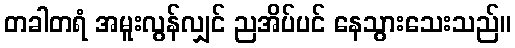
တခါတရံ အမူးလွန်လျှင် ညအိပ်ပင် နေသွားသေးသည်။